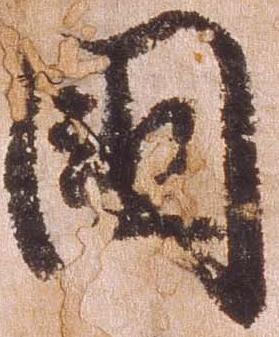
国